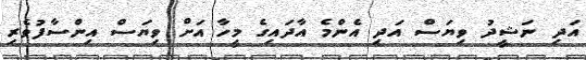
އަދި ނަޝީދު ވިޔަސް އަދި އެންމެ އާދައިގެ މީހާ އަށް ވިޔަސް އިންސާފުވެރި